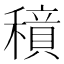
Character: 𱶤